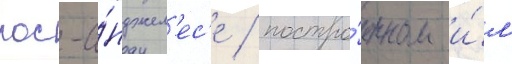
лос-а́нджел'ес'е / постро́енном и́м